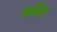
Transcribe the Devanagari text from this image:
कौबेर